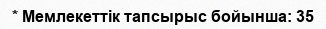
* Мемлекеттік тапсырыс бойынша: 35